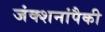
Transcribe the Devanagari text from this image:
जंक्शनांपैकी